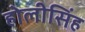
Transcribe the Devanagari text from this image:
होलीसिंह